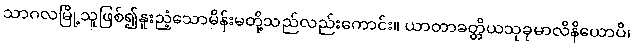
သာဂလမြို့သူဖြစ်၍နူးညံ့သောမိန်းမတို့သည်လည်းကောင်း။ ယာတာခတ္တိယသုခုမာလိနိယောပိ၊